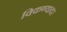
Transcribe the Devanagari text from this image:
विकण्यावर